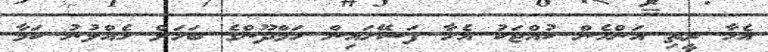
އެހާ ރީތި އަންހެން ކުއްޖަކު އެހާ ފަސޭހައިން ހަމްދޫންގެ ބަހަށް ހެއްލުނު ކަމާ